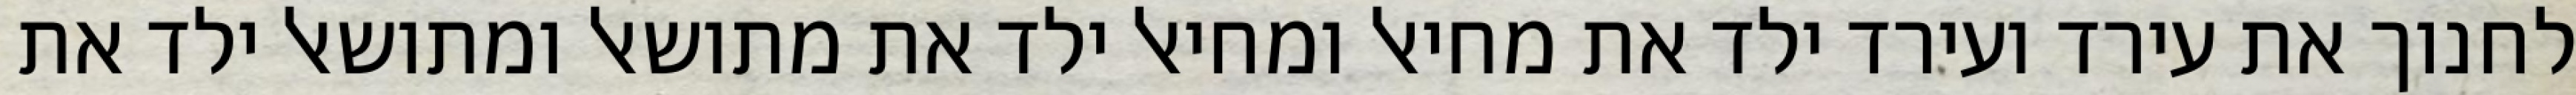
לחנוך את עירד ועירד ילד את מחיאל ומחיאל ילד את מתושאל ומתושאל ילד את